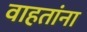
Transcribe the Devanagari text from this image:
वाहतांना